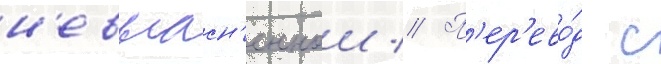
н'евыасн'еннои // П'ер'ево́д с